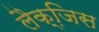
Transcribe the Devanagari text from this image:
लैक्जि़स